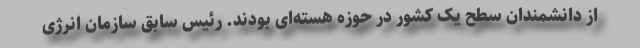
از دانشمندان سطح یک کشور در حوزه هسته‌ای بودند. رئیس سابق سازمان انرژی